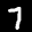
Label: 7